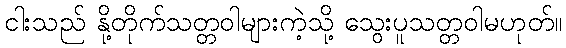
ငါးသည် နို့တိုက်သတ္တဝါများကဲ့သို့ သွေးပူသတ္တဝါမဟုတ်။